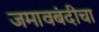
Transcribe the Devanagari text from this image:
जमावबंदीचा